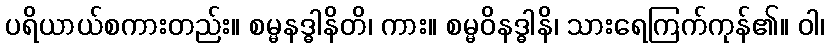
ပရိယာယ်စကားတည်း။ စမ္မနဒ္ဓါနိတိ၊ ကား။ စမ္မဝိနဒ္ဓါနိ၊ သားရေကြက်ကုန်၏။ ဝါ၊